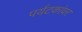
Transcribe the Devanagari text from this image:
पर्यटकांवर